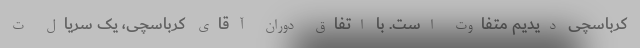
کرباسچی دیدیم متفاوت است. با اتفاق دوران آقای کرباسچی، یک سریال ت